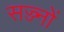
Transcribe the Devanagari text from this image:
सज्ज्नों